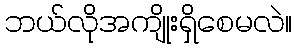
ဘယ်လိုအကျိုးရှိစေမလဲ။